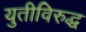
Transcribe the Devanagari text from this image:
युतीविरुद्ध